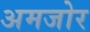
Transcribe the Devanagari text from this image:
अमजोर